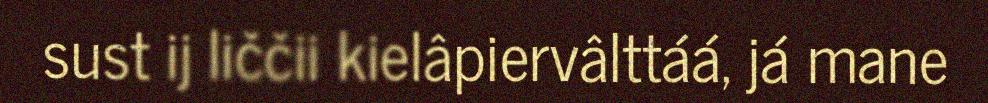
sust ij liččii kielâpiervâlttáá, já mane